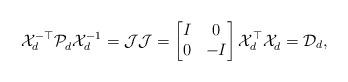
LaTeX: \begin{align*} \mathcal{X}_d^{-\top} \mathcal{P}_d^{} \mathcal{X}_d^{-1} = \mathcal{J} \mathcal{J} = \begin{bmatrix} I & 0 \\ 0 & -I \end{bmatrix} \mathcal{X}_d^\top \mathcal{X}_d^{} = \mathcal{D}_d,\end{align*}